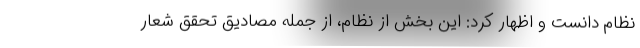
نظام دانست و اظهار کرد: این بخش از نظام، از جمله مصادیق تحقق شعار